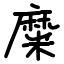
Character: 糜